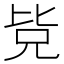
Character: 𭯊